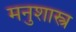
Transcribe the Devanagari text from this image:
मनुशास्त्र